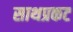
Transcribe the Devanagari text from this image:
साथप्रकट